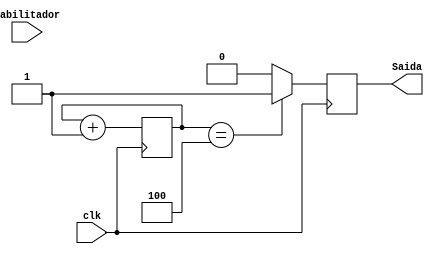
module Contador04(Habilitador, Saida, clk);
input Habilitador, clk;
	output reg Saida;
	reg [2:0]Conta = 4'b000;
	
	always@(posedge clk)
	begin
		if(Conta == 4'b100)
			Saida = 1;
		else
			Saida = 0;
		Conta = Conta+1;
	end
endmodule